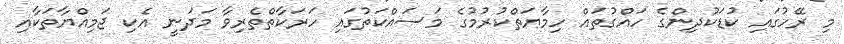
މި ރޭހުގައި ކުޑަކުދިންގެ ހައްގުތައް ހިމާޔަތްކުރުމުގެ މަސައްކަތުގައި ހަރަކާތްތެރިވާ މަދަނީ އެކި ޖަމިއްޔާތަކާއި